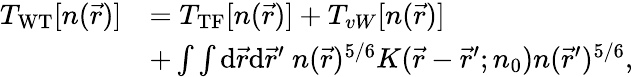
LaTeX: \begin{array}{rl}{T_{\mathrm{WT}}[n(\vec{r})]}&{=T_{\mathrm{TF}}[n(\vec{r})]+T_{vW}[n(\vec{r})]}\\ &{+\int\int{\mathrm{d}}\vec{r}{\mathrm{d}}\vec{r}^{\prime}~n(\vec{r})^{5/6}K(\vec{r}-\vec{r}^{\prime};n_{0})n(\vec{r}^{\prime})^{5/6},}\end{array}